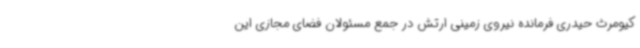
کیومرث حیدری فرمانده نیروی زمینی ارتش در جمع مسئولان فضای مجازی این